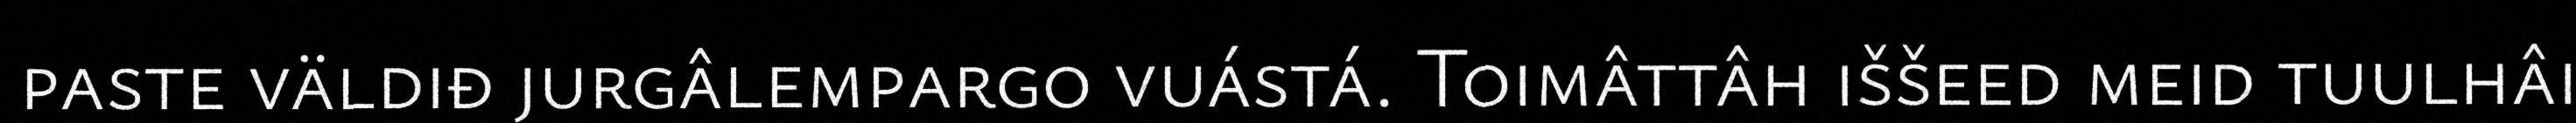
paste väldiđ jurgâlempargo vuástá. Toimâttâh iššeed meid tuulhâi